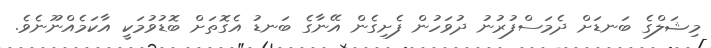
މިޝަލްގެ ބަނޑަށް ދެމަސްފުރުނު ދުވަހުން ފެށިގެން އޭނާގެ ބަނޑު އެގޮތަށް ބޮޑުވުމަކީ އާކަމެއްނޫނެވެ.